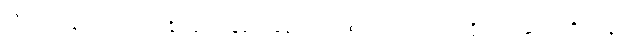
သိအပ်ကုန်သည်။ ဟောန္တိ၊ ဖြစ်ကုန်၏။ ဧကော၊ တစ်ယောက်သော ပုဂ္ဂိုလ်သည်။ အရိယာနံ၊